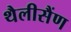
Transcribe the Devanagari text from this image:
थैलीसैंण